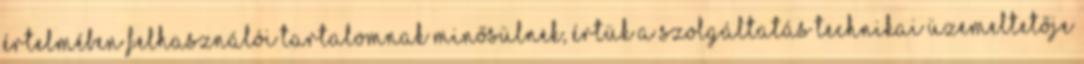
értelmében felhasználói tartalomnak minősülnek, értük a szolgáltatás technikai üzemeltetője